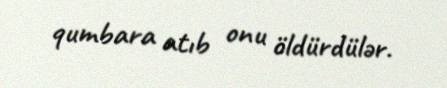
qumbara atıb onu öldürdülər.